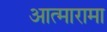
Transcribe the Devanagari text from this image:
आत्मारामा